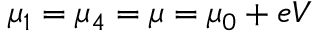
\mu _ { 1 } = \mu _ { 4 } = \mu = \mu _ { 0 } + e V